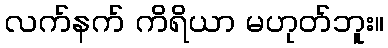
လက်နက် ကိရိယာ မဟုတ်ဘူး။